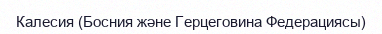
Калесия (Босния және Герцеговина Федерациясы)